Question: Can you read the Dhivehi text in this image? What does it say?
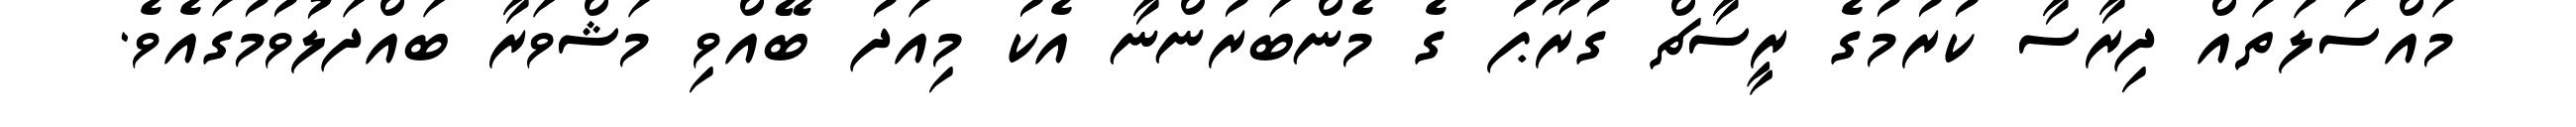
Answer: މައްސަލަތައް ދިރާސާ ކުރުމުގެ ރީސާޗް ގުރޫޕު ގެ މެންބަރުންނާ އެކު މިއަދު ބޭއްވި މަޝްވަރާ ބައްދަލުވުމުގައެވެ.